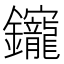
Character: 𨰧